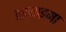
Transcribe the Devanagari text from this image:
कानाइमा